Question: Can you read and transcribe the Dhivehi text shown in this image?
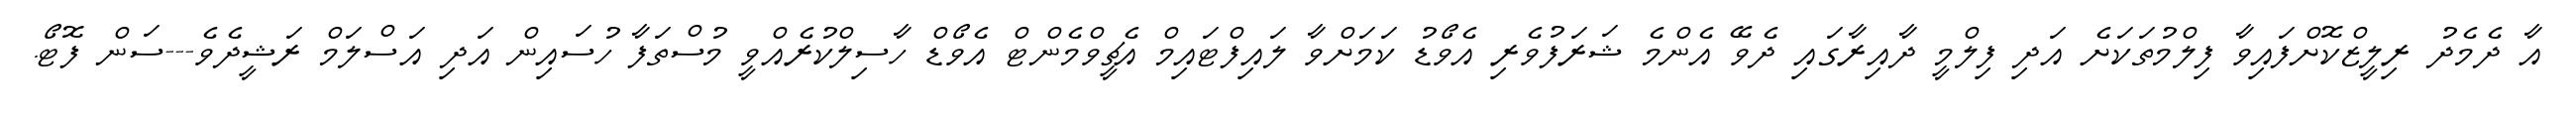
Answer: އާ ދެމެދު ރިލީޒްކޮށްފައިވާ ފިލްމުތަކަށެ އަދި ފިލްމީ ދާއިރާގައި ދެވޭ އެންމެ ޝަރަފުވެރި އެވޯޑު ކަމަށްވާ ލައިފްޓައިމް އެޗީވްމެންޓް އެވޯޑް ހާސިލްކުރެއްވީ މުސްތަފާ ހުސައިން އަދި އަސްލަމް ރަޝީދެވެ---ސަން ފޮޓޯ.